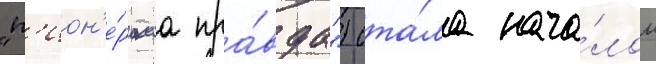
"п'ион'е́рскаа пра́вда") ста́ла нача́лом